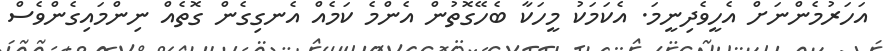
އަހަރުމެންނަށް އެހީވެދިނީމަ. އެކަމަކު މީހަކާ ބެހޭގޮތުން އެންމެ ކަމެއް އެނގިގެން ގޮތެއް ނިންމައިގެންވެސް